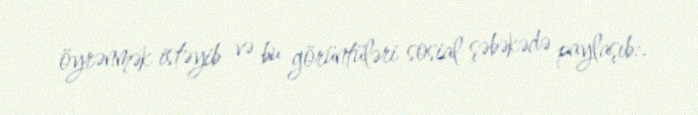
öyrənmək istəyib və bu görüntüləri sosial şəbəkədə paylaşıb:.